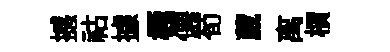
撼祜據極僊荀葳离檟